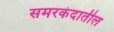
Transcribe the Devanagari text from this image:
समरकंदातील